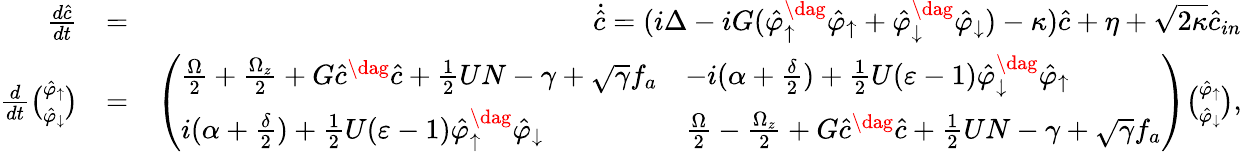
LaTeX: \begin{array}{rlr}{\frac{d\hat{c}}{dt}}&{=}&{\dot{\hat{c}}=(i\Delta-iG(\hat{\varphi}_{\uparrow}^{\dag}\hat{\varphi}_{\uparrow}+\hat{\varphi}_{\downarrow}^{\dag}\hat{\varphi}_{\downarrow})-\kappa)\hat{c}+\eta+\sqrt{2\kappa}\hat{c}_{in}}\\ {\frac{d}{dt}\binom{\hat{\varphi}_{\uparrow}}{\hat{\varphi}_{\downarrow}}}&{=}&{\left(\begin{array}{ll}{\frac{\Omega}{2}+\frac{\Omega_{z}}{2}+G\hat{c}^{\dag}\hat{c}+\frac{1}{2}UN-\gamma+\sqrt{\gamma}f_{a}}&{-i(\alpha+\frac{\delta}{2})+\frac{1}{2}U(\varepsilon-1)\hat{\varphi}_{\downarrow}^{\dag}\hat{\varphi}_{\uparrow}}\\ {i(\alpha+\frac{\delta}{2})+\frac{1}{2}U(\varepsilon-1)\hat{\varphi}_{\uparrow}^{\dag}\hat{\varphi}_{\downarrow}}&{\frac{\Omega}{2}-\frac{\Omega_{z}}{2}+G\hat{c}^{\dag}\hat{c}+\frac{1}{2}UN-\gamma+\sqrt{\gamma}f_{a}}\end{array}\right)\binom{\hat{\varphi}_{\uparrow}}{\hat{\varphi}_{\downarrow}},}\end{array}